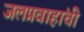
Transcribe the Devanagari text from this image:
जलप्रवाहांची